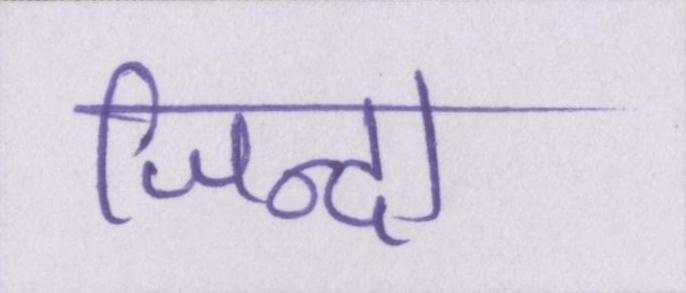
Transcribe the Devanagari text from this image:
जिन्दा